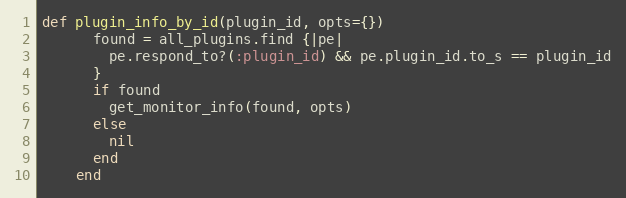
Language: Ruby
def plugin_info_by_id(plugin_id, opts={})
      found = all_plugins.find {|pe|
        pe.respond_to?(:plugin_id) && pe.plugin_id.to_s == plugin_id
      }
      if found
        get_monitor_info(found, opts)
      else
        nil
      end
    end